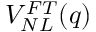
V _ { N L } ^ { F T } ( q )